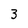
Character: 3